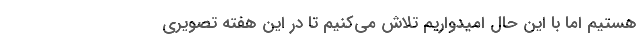
هستیم اما با این حال امیدواریم تلاش می‌کنیم تا در این هفته تصویری